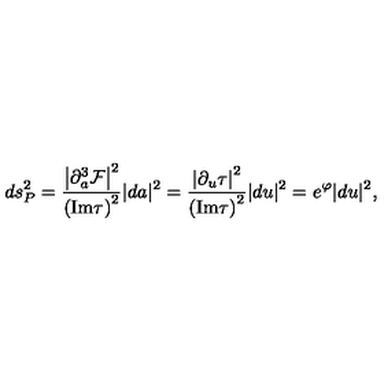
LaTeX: d s _ { P } ^ { 2 } = { \frac { \left| { \partial _ { a } ^ { 3 } { \cal F } } \right| ^ { 2 } } { \left( \mathrm { I m } \tau \right) ^ { 2 } } } | d a | ^ { 2 } = { \frac { \left| \partial _ { u } \tau \right| ^ { 2 } } { \left( \mathrm { I m } \tau \right) ^ { 2 } } } | d u | ^ { 2 } = e ^ { \varphi } | d u | ^ { 2 } ,